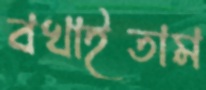
বখাইতাম